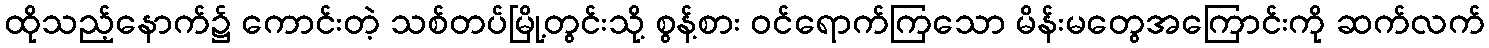
ထိုသည့်နောက်၌ ကောင်းတဲ့ သစ်တပ်မြို့တွင်းသို့ စွန့်စား ဝင်ရောက်ကြသော မိန်းမတွေအကြောင်းကို ဆက်လက်